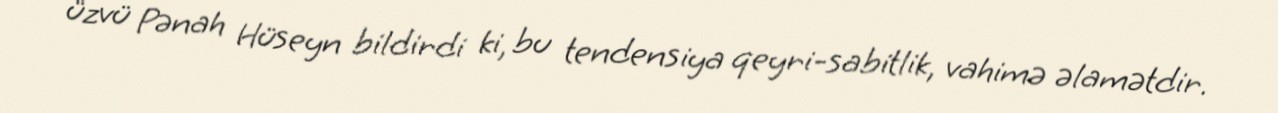
üzvü Pənah Hüseyn bildirdi ki, bu tendensiya qeyri-sabitlik, vahimə əlamətdir.